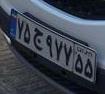
۷۵ج۹۷۷۵۵